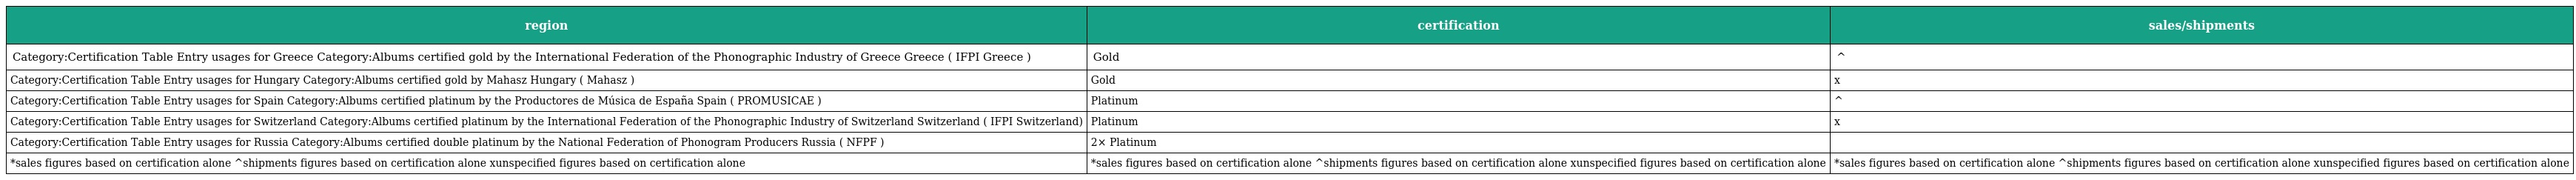
| region | certification | sales/shipments |
 | --- | --- | --- |
 | Category:Certification Table Entry usages for Greece Category:Albums certified gold by the International Federation of the Phonographic Industry of Greece Greece ( IFPI Greece ) | Gold | ^ |
 | Category:Certification Table Entry usages for Hungary Category:Albums certified gold by Mahasz Hungary ( Mahasz ) | Gold | x |
 | Category:Certification Table Entry usages for Spain Category:Albums certified platinum by the Productores de Música de España Spain ( PROMUSICAE ) | Platinum | ^ |
 | Category:Certification Table Entry usages for Switzerland Category:Albums certified platinum by the International Federation of the Phonographic Industry of Switzerland Switzerland ( IFPI Switzerland) | Platinum | x |
 | Category:Certification Table Entry usages for Russia Category:Albums certified double platinum by the National Federation of Phonogram Producers Russia ( NFPF ) | 2× Platinum |  |
 | *sales figures based on certification alone ^shipments figures based on certification alone xunspecified figures based on certification alone | *sales figures based on certification alone ^shipments figures based on certification alone xunspecified figures based on certification alone | *sales figures based on certification alone ^shipments figures based on certification alone xunspecified figures based on certification alone |